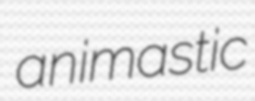
animastic